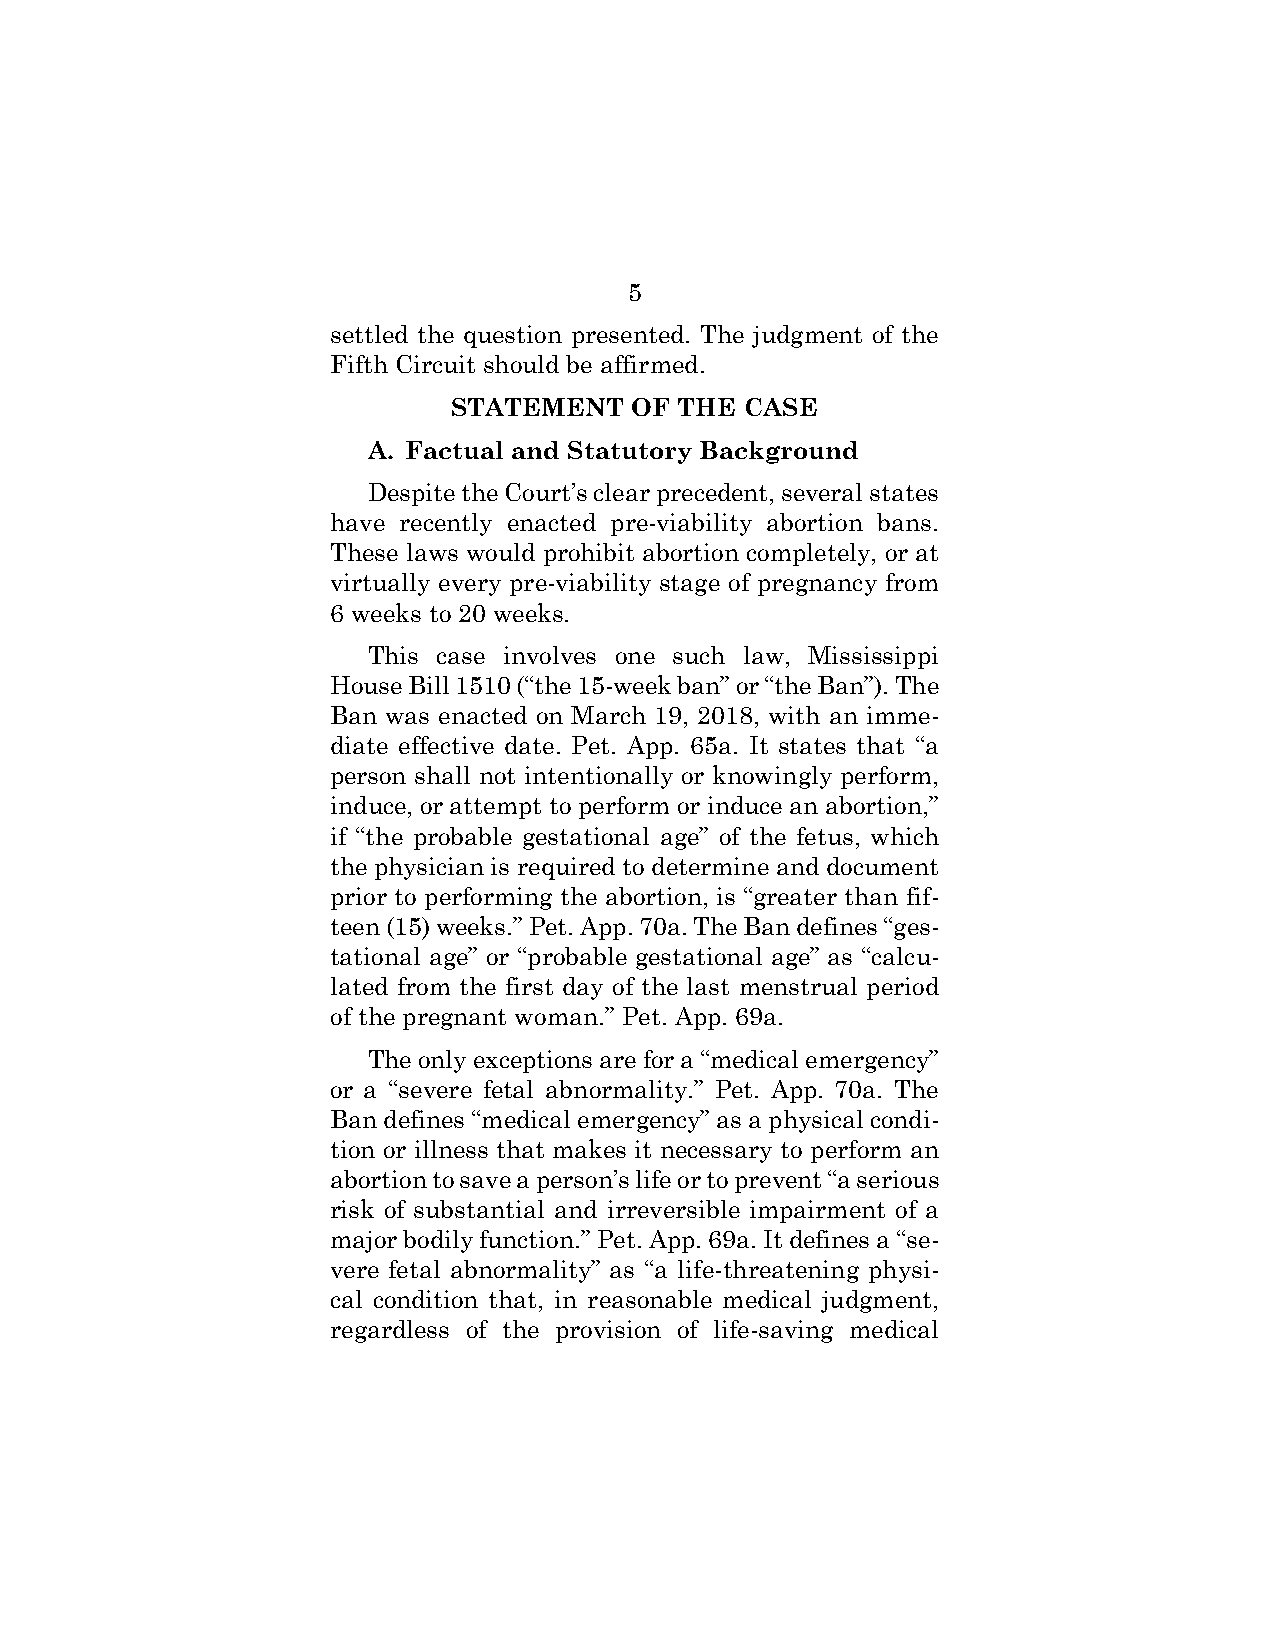
5
 settled the question presented. The judgment of the
 Fifth Circuit should be affirmed.
 STATEMENT   OF THE CASE
 A. Factual and Statutory Background
 Despite the Court’s clear precedent, several states
 have recently enacted pre-viability abortion bans.
 These laws would prohibit abortion completely, or at
 virtually every pre-viability stage of pregnancy from
 6 weeks to 20 weeks.
 This case involves one such law, Mississippi
 House Bill 1510 (“the 15-week ban” or “the Ban”). The
 Ban was enacted on March 19, 2018, with an imme-
 diate effective date. Pet. App. 65a. It states that “a
 person shall not intentionally or knowingly perform,
 induce, or attempt to perform or induce an abortion,”
 if “the probable gestational age” of the fetus, which
 the physician is required to determine and document
 prior to performing the abortion, is “greater than fif-
 teen (15) weeks.” Pet. App. 70a. The Ban defines “ges-
 tational age” or “probable gestational age” as “calcu-
 lated from the first day of the last menstrual period
 of the pregnant woman.” Pet. App. 69a.
 The only exceptions are for a “medical emergency”
 or a “severe fetal abnormality.” Pet. App. 70a. The
 Ban defines “medical emergency” as a physical condi-
 tion or illness that makes it necessary to perform an
 abortion to save a person’s life or to prevent “a serious
 risk of substantial and irreversible impairment of a
 major bodily function.” Pet. App. 69a. It defines a “se-
 vere fetal abnormality” as “a life-threatening physi-
 cal condition that, in reasonable medical judgment,
 regardless of the provision of life-saving medical